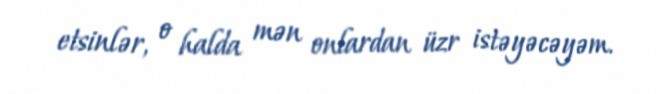
etsinlər, o halda mən onlardan üzr istəyəcəyəm.